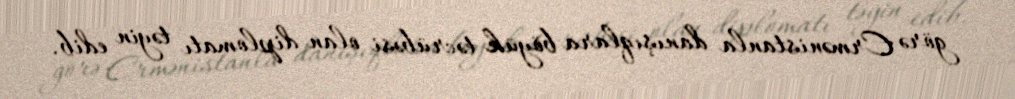
görə Ermənistanla danışıqlara böyük təcrübəsi olan diplomatı təyin edib.